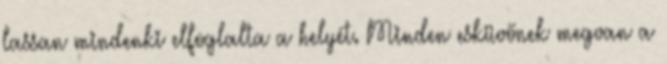
lassan mindenki elfoglalta a helyét. Minden esküvőnek megvan a